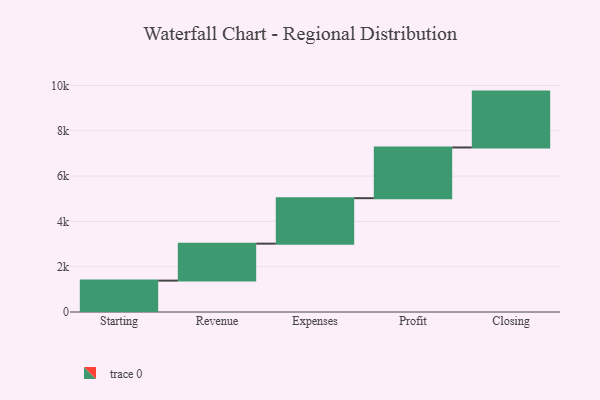
{"axis": {"x": "Step", "y": "Value"}, "legend": [""], "data": [{"x": "Starting", "y": 1386.0, "type": ""}, {"x": "Revenue", "y": 1631.0, "type": ""}, {"x": "Expenses", "y": 2007.0, "type": ""}, {"x": "Profit", "y": 2238.0, "type": ""}, {"x": "Closing", "y": 2466.0, "type": ""}]}